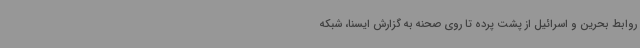
روابط بحرین و اسرائیل از پشت پرده تا روی صحنه به گزارش ایسنا، شبکه